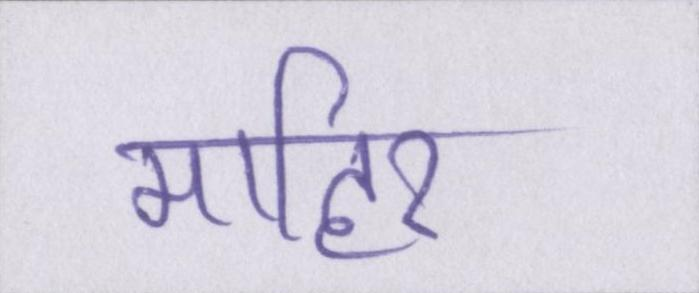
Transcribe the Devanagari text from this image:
माहिर